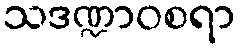
သဒဏ္ဍာဝစရာ